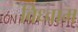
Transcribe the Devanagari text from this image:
विध्वाम